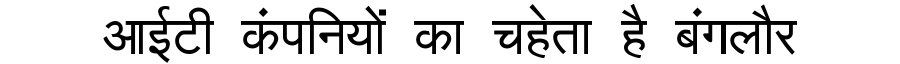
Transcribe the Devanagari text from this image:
आईटी कंपनियों का चहेता है बंगलौर